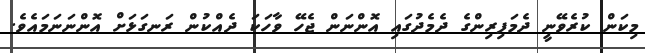
މިކަން ކުރެވޭނީ ދެމަފިރިންގެ ދެމެދުގައި އޮންނަން ޖެހޭ ވާހަކަ ދެއްކުން ރަނގަޅަށް އޮންނަނަމައެވެ.